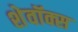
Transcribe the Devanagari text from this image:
शेवॉक्स